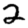
Digit: 2